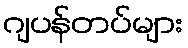
ဂျပန်တပ်များ